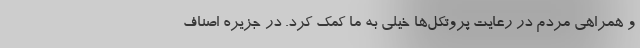
و همراهی مردم در رعایت پروتکل‌ها خیلی به ما کمک کرد. در جزیره اصناف